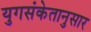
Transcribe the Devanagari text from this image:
युगसंकेतानुसार